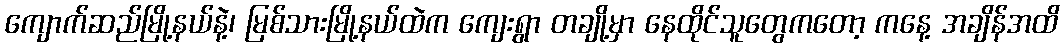
ကျောက်ဆည်မြို့နယ်နဲ့၊ မြစ်သားမြို့နယ်ထဲက ကျေးရွာ တချို့မှာ နေထိုင်သူတွေကတော့ ကနေ့ အချိန်အထိ